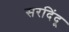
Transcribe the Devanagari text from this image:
सरदिंदू